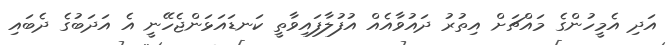
އަދި އެމީހުންގެ މައްޗަށް އިތުރު ދައުވާއެއް އުފުލާފައިވާތީ ކަނޑައަޅަންޖެހޭނީ އެ އަދަބުގެ ދެބައި